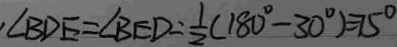
\angle B D E = \angle B E D = \frac { 1 } { 2 } ( 1 8 0 ^ { \circ } - 3 0 ^ { \circ } ) = 7 5 ^ { \circ }